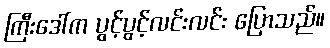
ကြီးဒေါ်က ပွင့်ပွင့်လင်းလင်း ပြောသည်။